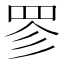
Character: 𮊃